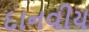
દાનવીય